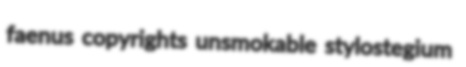
faenus copyrights unsmokable stylostegium